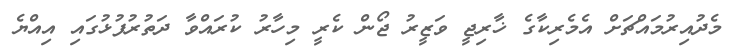
މެދުއިރުމައްޗަށް އެމެރިކާގެ ޚާރިޖީ ވަޒީރު ޖޯން ކެރީ މިހާރު ކުރައްވާ ދަތުރުފުޅުގައި އިއްޔެ